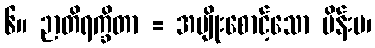
၆။ ဉာတိရက္ခိတာ = အမျိုးစောင့်သော မိန်းမ၊